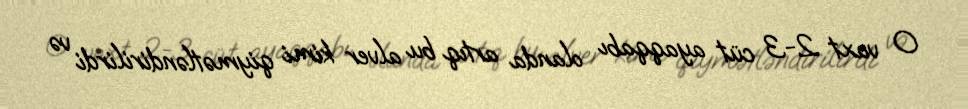
O vaxt 2-3 cüt ayaqqabı olanda artıq bu alver kimi qiymətləndirilirdi və